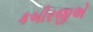
કબીરજીએ